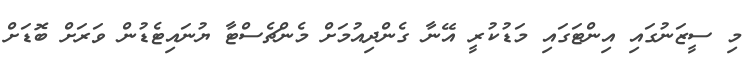
މި ސީޒަނުގައި އިންޓަގައި މަޑުކުރީ އޭނާ ގެންދިއުމަށް މެންޗެސްޓާ ޔުނައިޓެޑުން ވަރަށް ބޮޑަށް